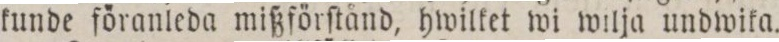
kunde föranleda mißförſtånd, hwilket wi wilja undwika.